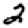
Digit: 2